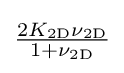
{\tfrac {2K_{\mathrm {2D} }\nu _{\mathrm {2D} }}{1+\nu _{\mathrm {2D} }}}